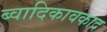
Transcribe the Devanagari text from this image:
ब्वादिकावकाद